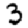
Digit: 3